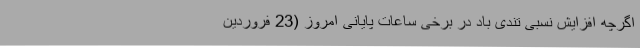
اگرچه افزایش نسبی تندی باد در برخی ساعات پایانی امروز (23 فروردین